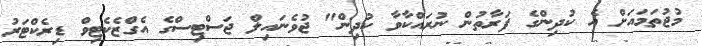
މުޖުތަމައަށް އެ ކުދިންގެ ފަރާތުން ނުރައްކާވާ ކުދިން" ޖުވެނައިލް ޖަސްޓިސްގެ އެގްޒެކެޓިވް ޑިރެކްޓަރު